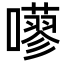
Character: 𡂕